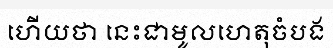
ហើយថា នេះជាមូលហេតុចំបង